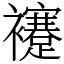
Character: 䙭